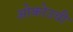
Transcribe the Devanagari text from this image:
ओकोउची